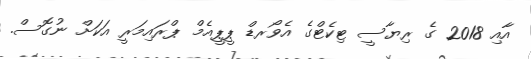
އާއި 2018 ގެ ރިޔާސީ ޓިކެޓްގެ އެވޯރޑް ޕީޕީއެމް ޕްރައިމަރީ އަކަށް ނުގޮސް.